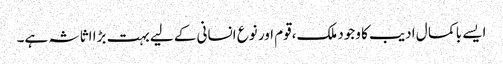
ایسے با کما ل ادیب کا وجود ملک،قوم اور نوع انسانی کے لیے بہت بڑا اثاثہ ہے۔